Indian journal of veterinary science and animal husbandry - Volume 7,
Year: 1937
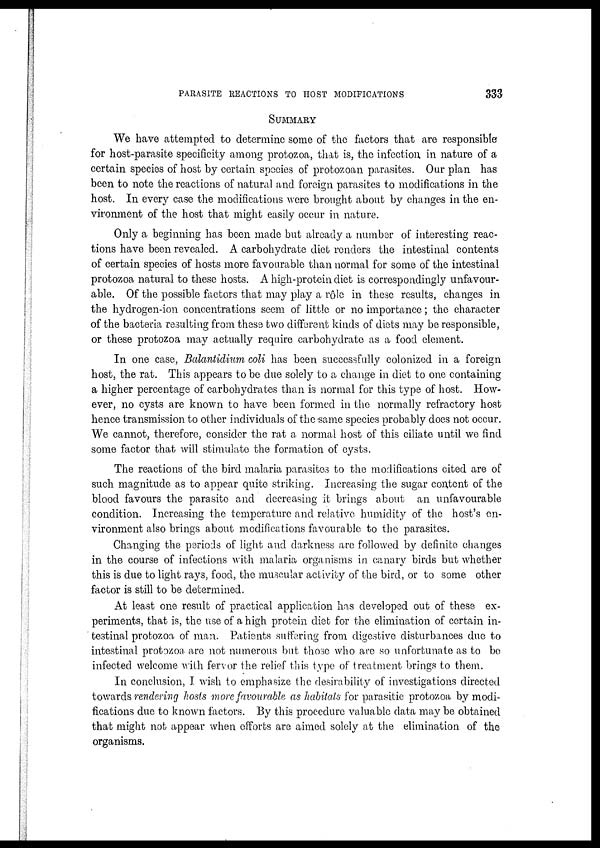
PARASITE REACTIONS TO HOST MODIFICATIONS
333
SUMMARY
We have attempted to determine some of the factors that are responsible
for host-parasite specificity among protozoa, that is, the infection, in nature of a
certain species of host by certain species of protozoan parasites. Our plan has
been to note the reactions of natural and foreign parasites to modifications in the
host. In every case the modifications were brought about by changes in the en-
vironment of the host that might easily occur in nature.
Only a beginning has been made but already a number of interesting reac-
tions have been revealed. A carbohydrate diet renders the intestinal contents
of certain species of hosts more favourable than normal for some of the intestinal
protozoa natural to these hosts. A high-protein diet is correspondingly unfavour-
able. Of the possible factors that may play a rôle in these results, changes in
the hydrogen-ion concentrations seem of little or no importance; the character
of the bacteria resulting from these two different kinds of diets may be responsible,
or these protozoa may actually require carbohydrate as a food element.
In one case, Balantidium coli has been successfully colonized in a foreign
host, the rat. This appears to be due solely to a change in diet to one containing
a higher percentage of carbohydrates than is normal for this type of host. How-
ever, no cysts are known to have been formed in the normally refractory host
hence transmission to other individuals of the same species probably does not occur.
We cannot, therefore, consider the rat a normal host of this ciliate until we find
some factor that will stimulate the formation of cysts.
The reactions of the bird malaria parasites to the modifications cited are of
such magnitude as to appear quite striking. Increasing the sugar content of the
blood favours the parasite and decreasing it brings about an unfavourable
condition. Increasing the temperature and relative humidity of the host's en-
vironment also brings about modifications favourable to the parasites.
Changing the periods of light and darkness are followed by definite changes
in the course of infections with malaria organisms in canary birds but whether
this is due to light rays, food, the muscular activity of the bird, or to some other
factor is still to be determined.
At least one result of practical application has developed out of these ex-
periments, that is, the use of a high protein diet for the elimination of certain in-
testinal protozoa of man. Patients suffering from digestive disturbances due to
intestinal protozoa are not numerous but those who are so unfortunate as to be
infected welcome with fervor the relief this type of treatment brings to them.
In conclusion, I wish to emphasize the desirability of investigations directed
towards rendering hosts more favourable as habitats for parasitic protozoa by modi-
fications due to known factors. By this procedure valuable data may be obtained
that might not appear when efforts are aimed solely at the elimination of the
organisms.